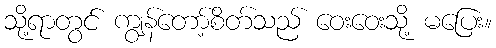
သို့ရာတွင် ကျွန်တော့်စိတ်သည် ဝေးဝေးသို့ မပြေး။